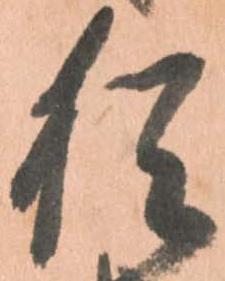
猶